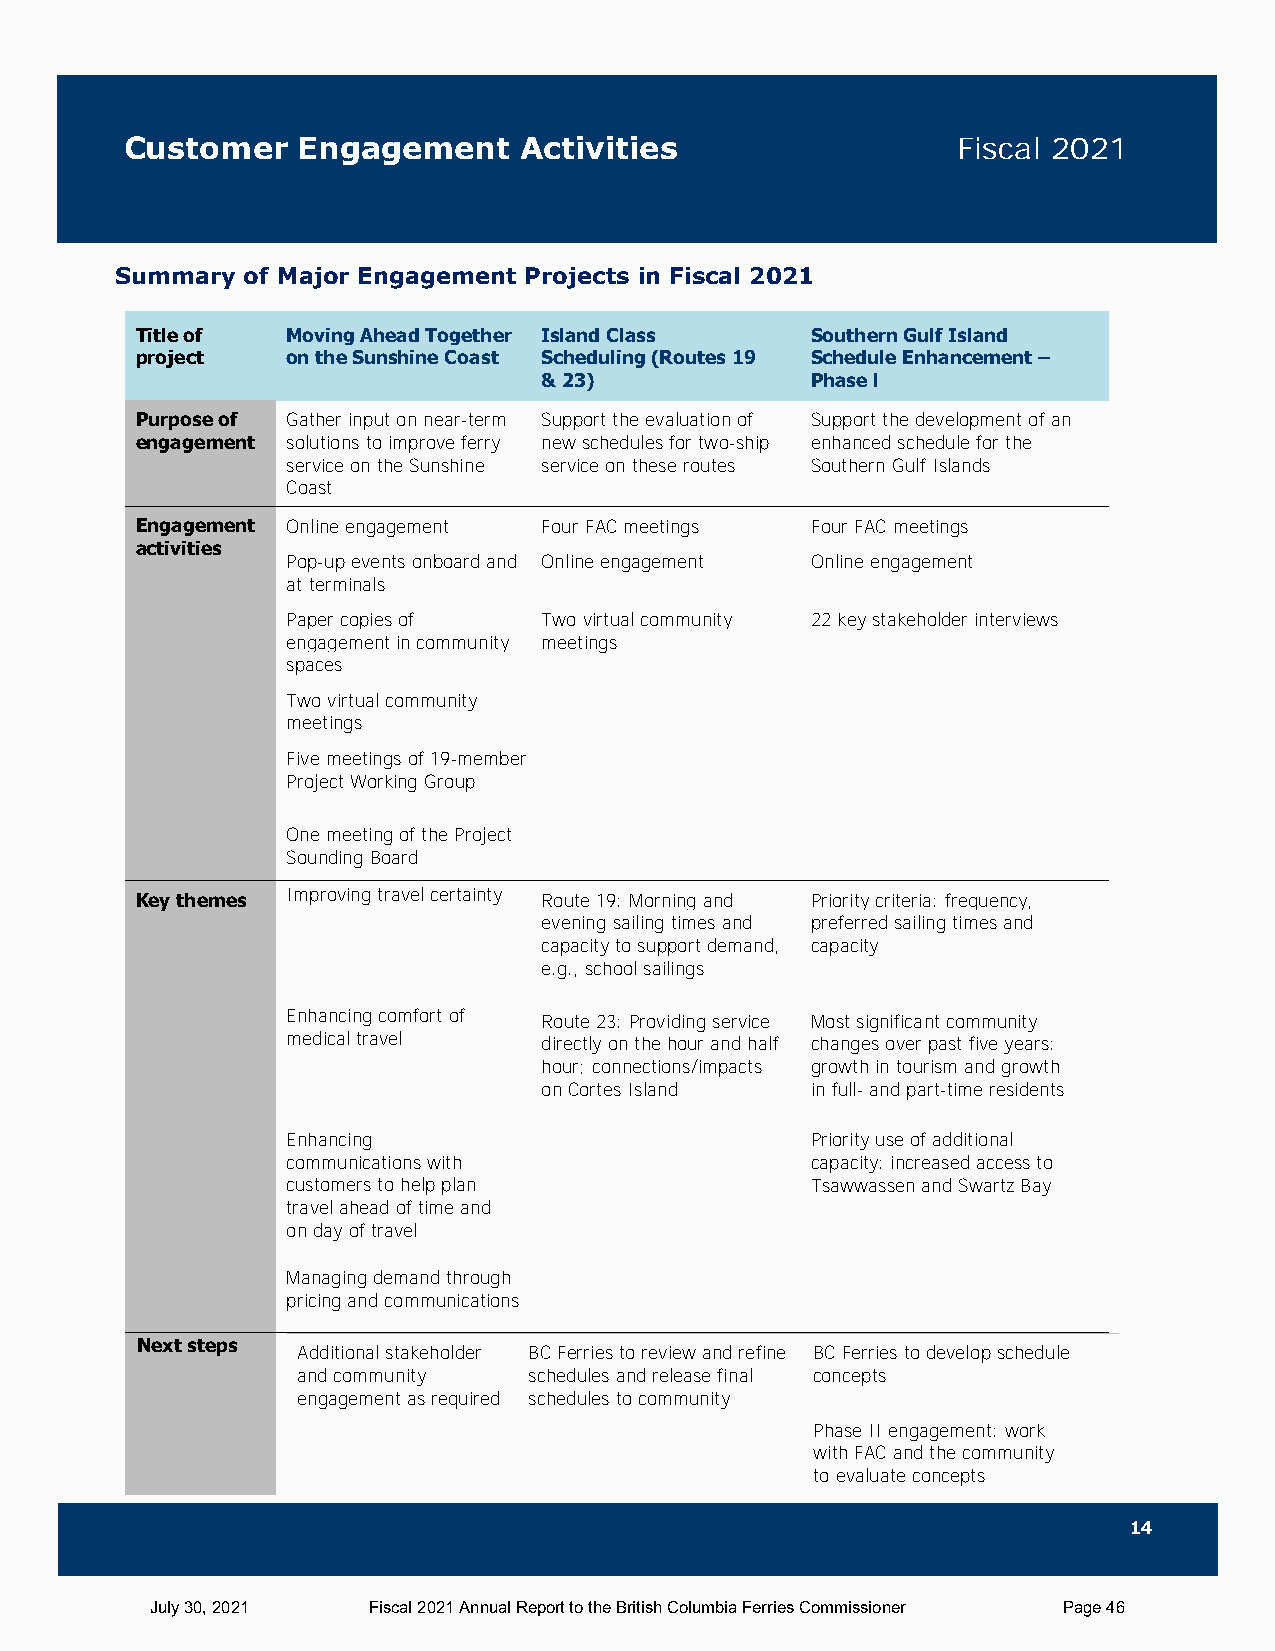
Customer    Engagement    Activities                   Fiscal 2021
 Summary of Major Engagement Projects in Fiscal 2021
 Title of  Moving Ahead Together Island Class Southern Gulf Island
 project   on the Sunshine Coast Scheduling (Routes 19 Schedule Enhancement –
 & 23)             Phase l
 Purpose of Gather input on near-term Support the evaluation of Support the development of an
 engagement solutions to improve ferry new schedules for two-ship enhanced schedule for the
 service on the Sunshine service on these routes Southern Gulf Islands
 Coast
 Engagement Online engagement Four FAC meetings Four FAC meetings
 activities
 Pop-up events onboard and Online engagement Online engagement
 at terminals
 Paper copies of  Two virtual community 22 key stakeholder interviews
 engagement in community meetings
 spaces
 Two virtual community
 meetings
 Five meetings of 19-member
 Project Working Group
 One meeting of the Project
 Sounding Board
 Key themes Improving travel certainty Route 19: Morning and Priority criteria: frequency,
 evening sailing times and preferred sailing times and
 capacity to support demand, capacity
 e.g., school sailings
 Enhancing comfort of Route 23: Providing service Most significant community
 medical travel   directly on the hour and half changes over past five years:
 hour; connections/impacts growth in tourism and growth
 on Cortes Island  in full- and part-time residents
 Enhancing                          Priority use of additional
 communications with                capacity: increased access to
 customers to help plan             Tsawwassen and Swartz Bay
 travel ahead of time and
 on day of travel
 Managing demand through
 pricing and communications
 Next steps
 Additional stakeholder BC Ferries to review and refine BC Ferries to develop schedule
 and community  schedules and release final concepts
 engagement as required schedules to community
 Phase II engagement: work
 with FAC and the community
 to evaluate concepts
 14
 July 30, 2021 Fiscal 2021 Annual Report to the British Columbia Ferries Commissioner Page 46